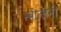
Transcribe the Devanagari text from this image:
स्त्रोतांनी